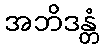
အဘိဒန္တံ